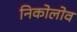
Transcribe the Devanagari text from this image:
निकोलोव